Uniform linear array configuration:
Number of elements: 48
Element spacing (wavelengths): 0.25
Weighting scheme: uniform
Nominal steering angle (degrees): -30
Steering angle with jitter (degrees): -31.364
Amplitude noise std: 0.05
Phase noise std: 0.05

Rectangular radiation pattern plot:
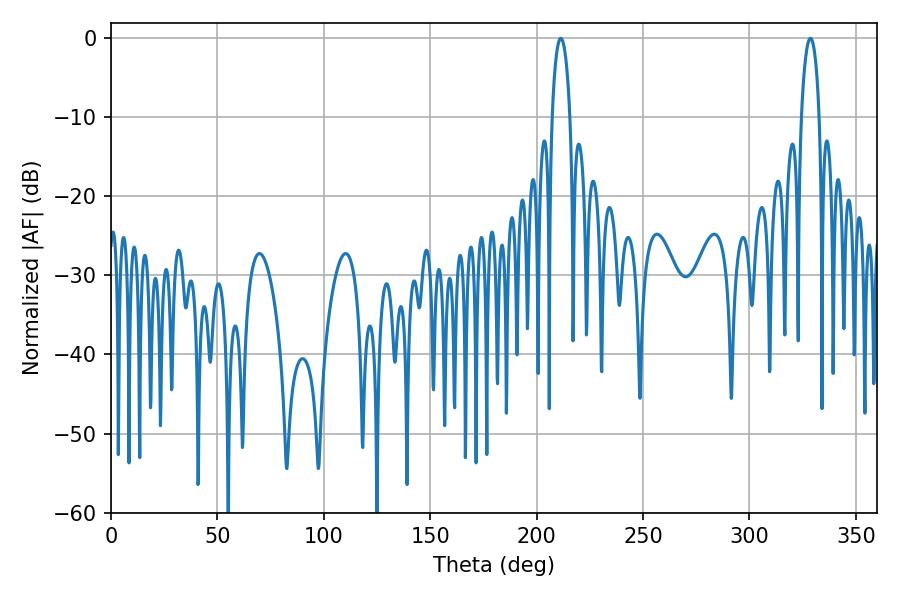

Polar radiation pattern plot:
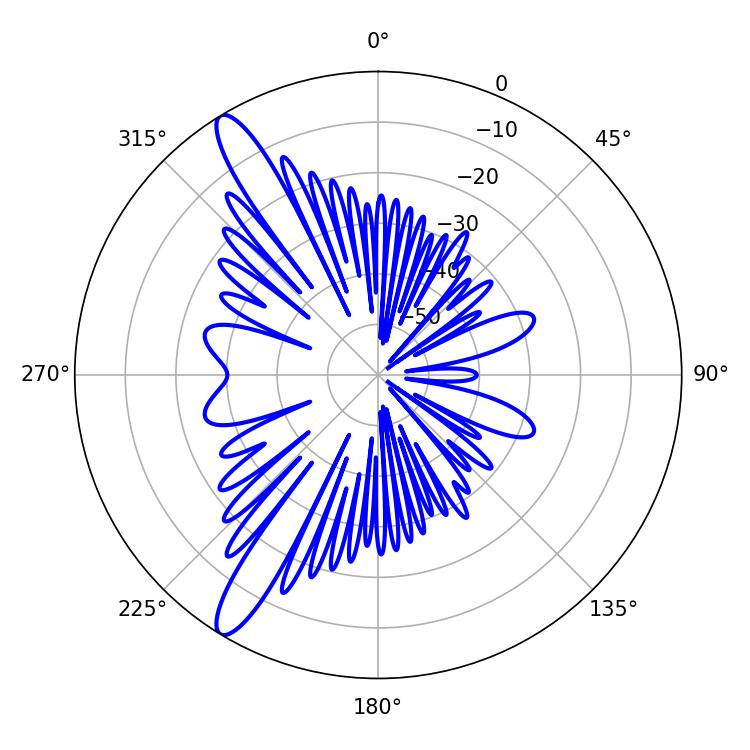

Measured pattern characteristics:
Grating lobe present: FALSE
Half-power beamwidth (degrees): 4.86
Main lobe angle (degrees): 211.32